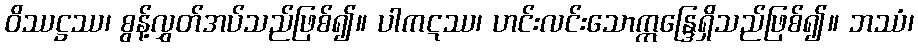
ဝိဿဋ္ဌဿ၊ စွန့်လွှတ်အပ်သည်ဖြစ်၍။ ပါကဋဿ၊ ဟင်းလင်းသောဣန္ဒြေရှိသည်ဖြစ်၍။ ဘဿံ၊